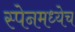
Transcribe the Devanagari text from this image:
स्पेनमध्येच